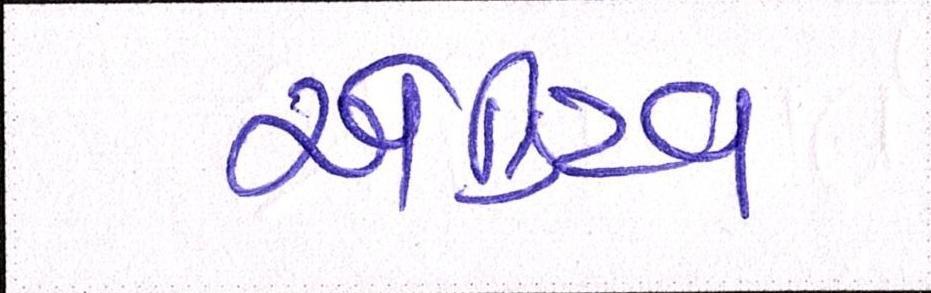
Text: એક્ટિવ